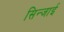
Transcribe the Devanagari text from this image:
सिन्जाई